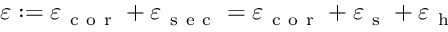
\varepsilon : = \varepsilon _ { \mathrm { ~ c ~ o ~ r ~ } } + \varepsilon _ { \mathrm { ~ s ~ e ~ c ~ } } = \varepsilon _ { \mathrm { ~ c ~ o ~ r ~ } } + \varepsilon _ { \mathrm { ~ s ~ } } + \varepsilon _ { \mathrm { ~ h ~ } }